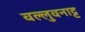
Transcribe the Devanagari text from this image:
वल्लुवनाट्ट